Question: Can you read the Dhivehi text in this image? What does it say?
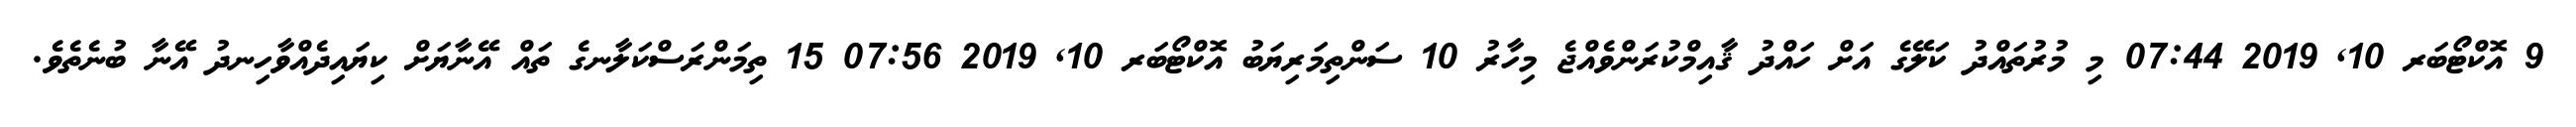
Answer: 9 އޮކްޓޯބަރ 10, 2019 07:44 މި މުރުތައްދު ކަލޭގެ އަށް ހައްދު ޤާއިމްކުރަންވެއްޖެ މިހާރު 10 ސަންތިމަރިޔަބު އޮކްޓޯބަރ 10, 2019 07:56 15 ތިމަންރަސްކަލާނގެ ތައް އޭނާޔަށް ކިޔައިދެއްވާހިނދު އޭނާ ބުނެތެވެ.